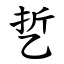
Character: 乴